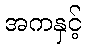
အကနှင့်